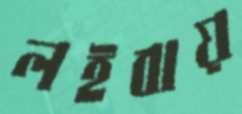
লইবায়